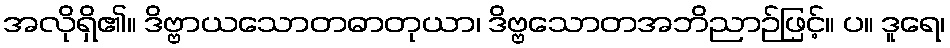
အလိုရှိ၏။ ဒိဗ္ဗာယသောတဓာတုယာ၊ ဒိဗ္ဗသောတအဘိညာဉ်ဖြင့်။ ပ။ ဒူရေ၊